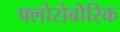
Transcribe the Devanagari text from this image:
फ्लोरोबोरिक